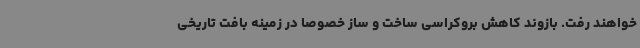
خواهند رفت. بازوند کاهش بروکراسی ساخت و ساز خصوصا در زمینه بافت تاریخی